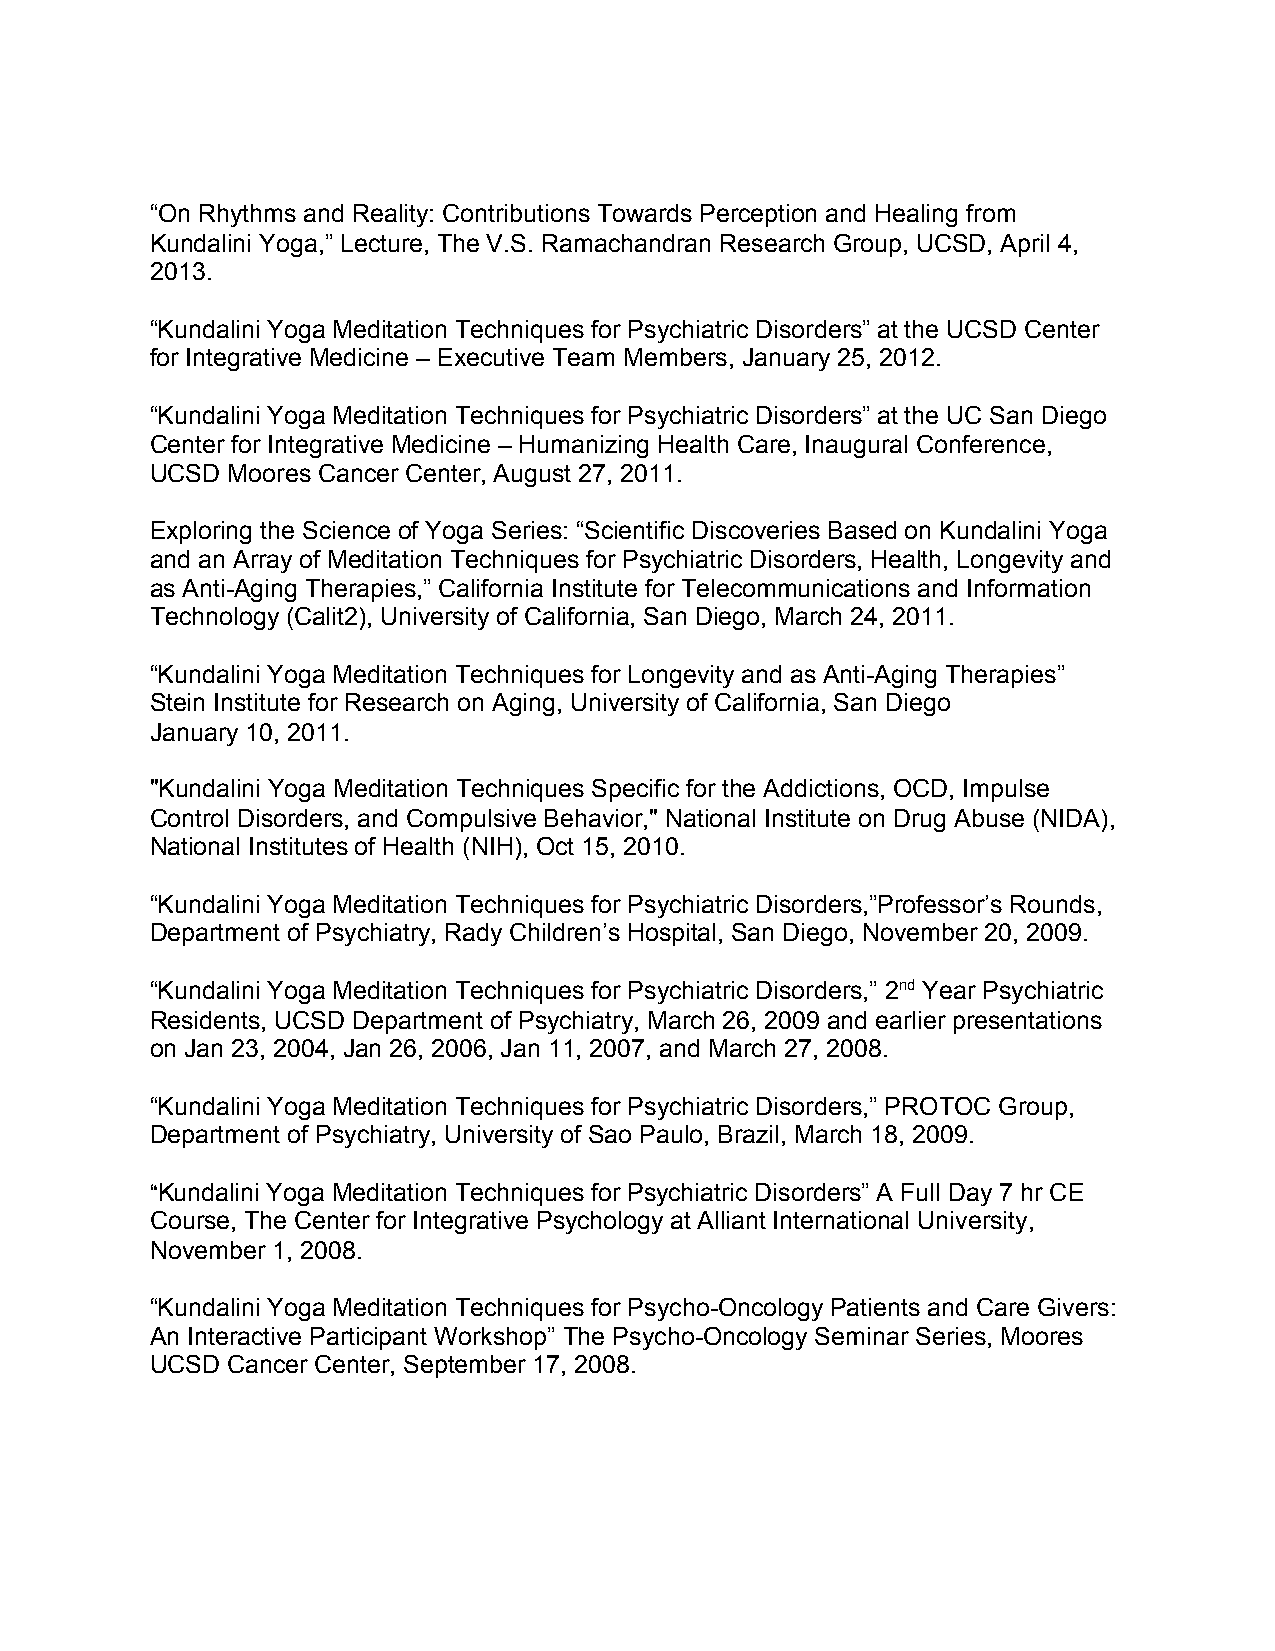
“On Rhythms and Reality: Contributions Towards Perception and Healing from
 Kundalini Yoga,” Lecture, The V.S. Ramachandran Research Group, UCSD, April 4,
 2013.
 “Kundalini Yoga Meditation Techniques for Psychiatric Disorders” at the UCSD Center
 for Integrative Medicine – Executive Team Members, January 25, 2012.
 “Kundalini Yoga Meditation Techniques for Psychiatric Disorders” at the UC San Diego
 Center for Integrative Medicine – Humanizing Health Care, Inaugural Conference,
 UCSD Moores Cancer Center, August 27, 2011.
 Exploring the Science of Yoga Series: “Scientific Discoveries Based on Kundalini Yoga
 and an Array of Meditation Techniques for Psychiatric Disorders, Health, Longevity and
 as Anti-Aging Therapies,” California Institute for Telecommunications and Information
 Technology (Calit2), University of California, San Diego, March 24, 2011.
 “Kundalini Yoga Meditation Techniques for Longevity and as Anti-Aging Therapies”
 Stein Institute for Research on Aging, University of California, San Diego
 January 10, 2011.
 "Kundalini Yoga Meditation Techniques Specific for the Addictions, OCD, Impulse
 Control Disorders, and Compulsive Behavior," National Institute on Drug Abuse (NIDA),
 National Institutes of Health (NIH), Oct 15, 2010.
 “Kundalini Yoga Meditation Techniques for Psychiatric Disorders,”Professor’s Rounds,
 Department of Psychiatry, Rady Children’s Hospital, San Diego, November 20, 2009.
 “Kundalini Yoga Meditation Techniques for Psychiatric Disorders,” 2nd Year Psychiatric
 ​
 ​
 Residents, UCSD Department of Psychiatry, March 26, 2009 and earlier presentations
 on Jan 23, 2004, Jan 26, 2006, Jan 11, 2007, and March 27, 2008.
 “Kundalini Yoga Meditation Techniques for Psychiatric Disorders,” PROTOC Group,
 Department of Psychiatry, University of Sao Paulo, Brazil, March 18, 2009.
 “Kundalini Yoga Meditation Techniques for Psychiatric Disorders” A Full Day 7 hr CE
 ​
 Course, The Center for Integrative Psychology at Alliant International University,
 November 1, 2008.
 “Kundalini Yoga Meditation Techniques for Psycho-Oncology Patients and Care Givers:
 An Interactive Participant Workshop” The Psycho-Oncology Seminar Series, Moores
 ​ ​
 UCSD Cancer Center, September 17, 2008.